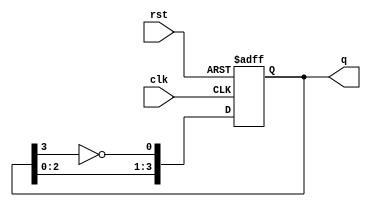
module ring_johnson_counter (
    input wire clk,           // Clock input
    input wire rst,           // Active-high reset input
    output reg [3:0] q        // 4-bit output
);

always @(posedge clk or posedge rst) begin
    if (rst) begin
        // Reset the counter to 0000
        q <= 4'b0000;
    end else begin
        // Ring Johnson counter behavior
        q[0] <= ~q[3]; // Inverted output of last flip-flop to first flip-flop
        q[1] <= q[0];  // Shift the state to the right
        q[2] <= q[1];  // Shift the state to the right
        q[3] <= q[2];  // Shift the state to the right
    end
end

endmodule